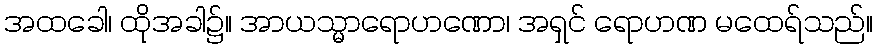
အထခေါ၊ ထိုအခါ၌။ အာယသ္မာရောဟဏော၊ အရှင် ရောဟဏ မထေရ်သည်။